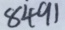
8 4 9 1